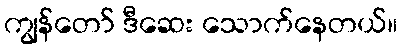
ကျွန်တော် ဒီဆေး သောက်နေတယ်။